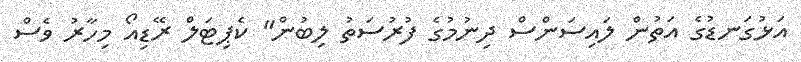
އަޅުގަނޑުގެ އަތުން ލައިސަންސް ދިނުމުގެ ފުރުސަތު ލިބުން" ކެޕިޓަލް ރޭޑިއޯ މިހާރު ވެސް